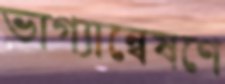
ভাগ্যান্বেষণে